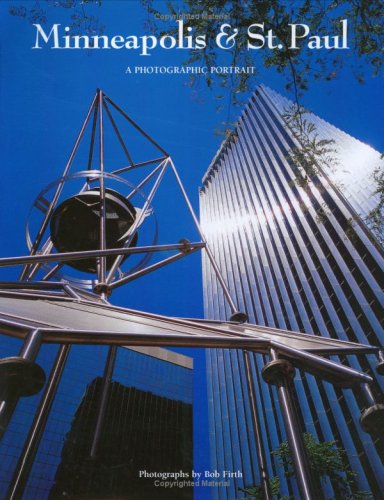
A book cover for Minneapolis & St. Paul: A Photographic Portrait; Travel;